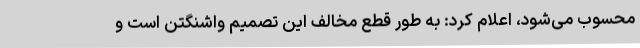
محسوب می‌شود، اعلام کرد: به طور قطع مخالف این تصمیم واشنگتن است و